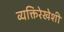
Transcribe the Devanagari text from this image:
व्यक्तिरेखेशी